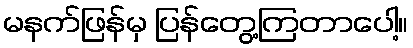
မနက်ဖြန်မှ ပြန်တွေ့ကြတာပေါ့။